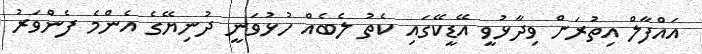
އައްފާލް އިތުރަށް ވިދާޅުވީ އޭޑީކޭގައި ކެތު ލެބެއް ހުޅުވަނީ ދުނިޔޭގެ އެންމެ ފެންވަރު